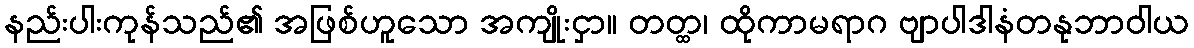
နည်းပါးကုန်သည်၏ အဖြစ်ဟူသော အကျိုးငှာ။ တတ္ထ၊ ထိုကာမရာဂ ဗျာပါဒါနံတနုဘာဝါယ